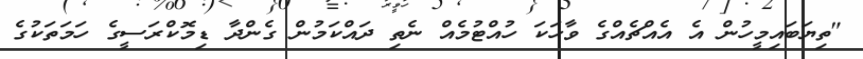
"ތިޔަބައިމީހުން އެ އެއްޗެއްގެ ވާހަކަ ހުއްޓުމެއް ނެތި ދައްކަމުން ގެންދާ ޑިމޮކްރަސީގެ ހަމަތަކުގެ